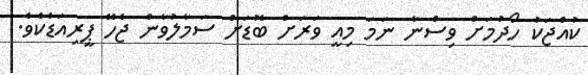
ކުއްޖަކު ހޯދުމަށް ވިސްނާ ނަމަ މިއީ ވަރަށް ބޮޑަށް ސަމާލުވާން ޖެހޭ ޕީރިއަޑެކެވެ.